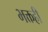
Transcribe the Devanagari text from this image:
भक्तही